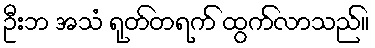
ဦးဘ အသံ ရုတ်တရက် ထွက်လာသည်။